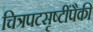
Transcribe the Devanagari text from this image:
चित्रपटसृष्टींपैकी